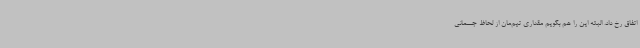
اتفاق رخ داد. البته این را هم بگویم مقداری تیم‌مان از لحاظ جسمانی